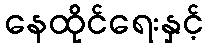
နေထိုင်ရေးနှင့်